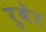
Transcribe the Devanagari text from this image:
रुबेर